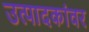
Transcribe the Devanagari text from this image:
उत्पादकांवर